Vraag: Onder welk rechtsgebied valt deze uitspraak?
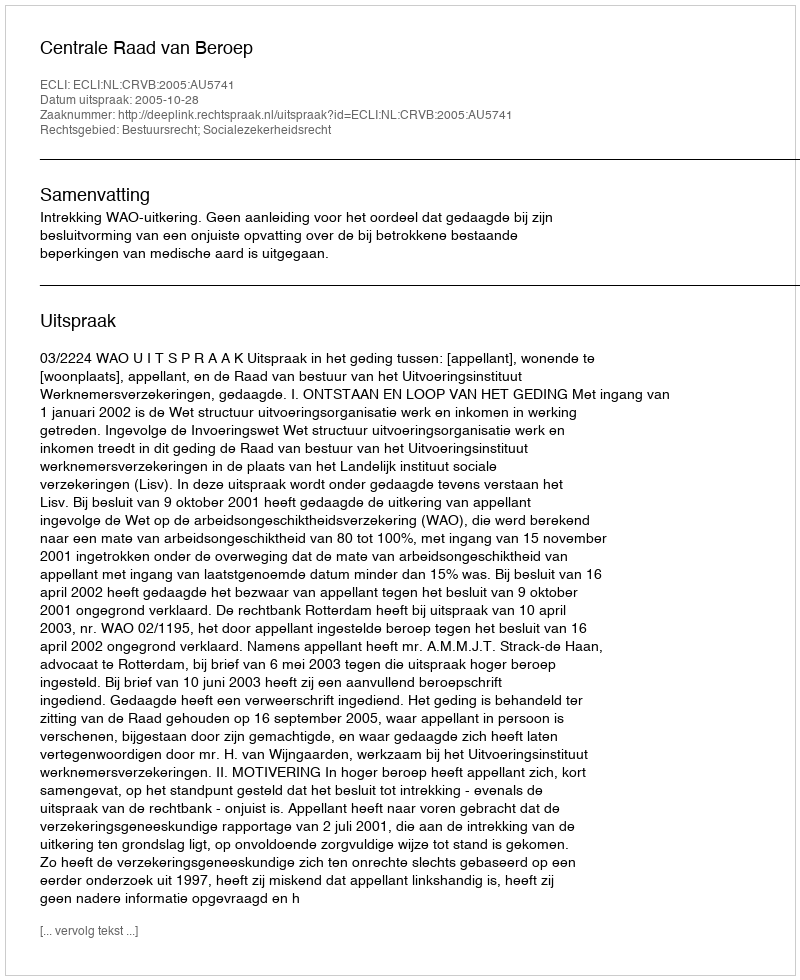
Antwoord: Bestuursrecht; Socialezekerheidsrecht